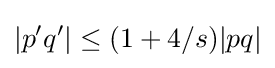
|p'q'|\leq (1+4/s)|pq|